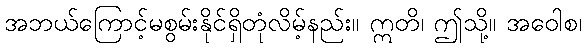
အဘယ်ကြောင့်မစွမ်းနိုင်ရှိတုံလိမ့်နည်း။ ဣတိ၊ ဤသို့။ အဝေါစ၊